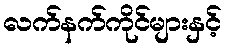
လက်နက်ကိုင်များနှင့်